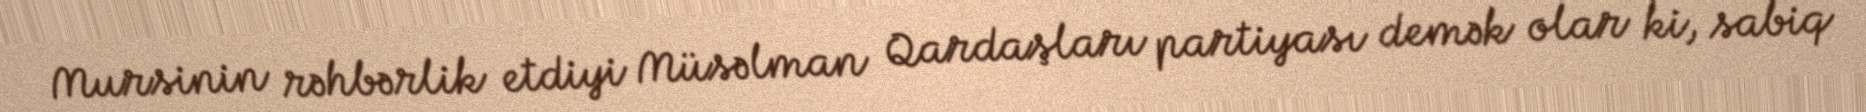
Mursinin rəhbərlik etdiyi Müsəlman Qardaşları partiyası demək olar ki, sabiq